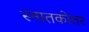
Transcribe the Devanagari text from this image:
स्‍नातकोतर